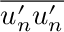
\overline { { u _ { n } ^ { \prime } u _ { n } ^ { \prime } } }